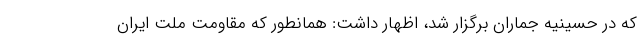
که در حسینیه جماران برگزار شد، اظهار داشت: همانطور که مقاومت ملت ایران